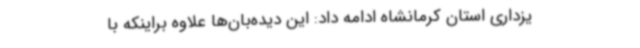
یزداری استان کرمانشاه ادامه داد: این دیده‌بان‌ها علاوه براینکه با